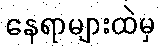
နေရာများထဲမှ